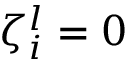
\zeta _ { i } ^ { l } = 0